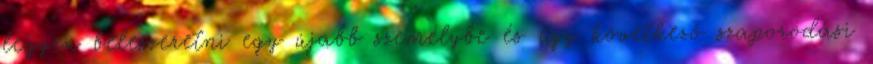
legyen beleszeretni egy újabb személybe és egy következő szaporodási